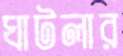
ঘাটলার